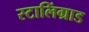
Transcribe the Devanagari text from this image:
स्टालिंग्राड